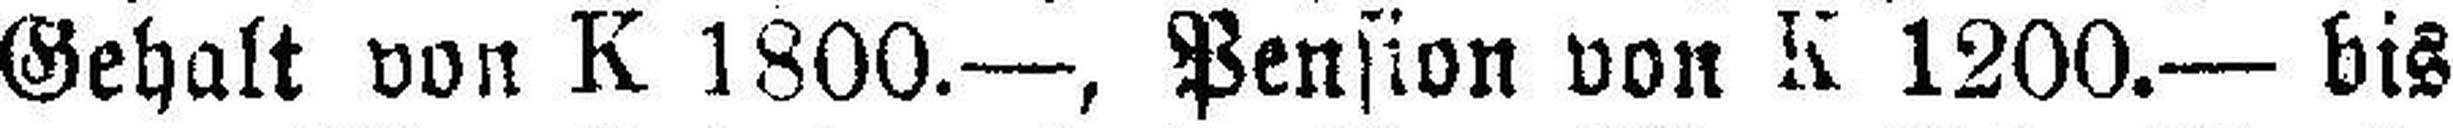
Gehalt von K 1800.—, Pension von K 1200.— bis